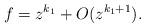
LaTeX: \begin{align*} f=z^{k_1}+O(z^{k_1+1}).\end{align*}